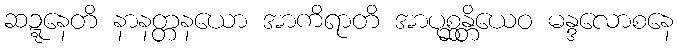
ဆဍ္ဍနေတိ နာနတ္တနယော အာကိရာတိ အာပုစ္ဆန္တိယေဝ မန္ဒလောစနေ